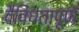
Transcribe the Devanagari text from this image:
वैविधतापूर्ण